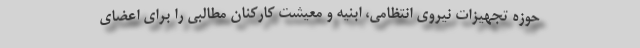
حوزه تجهیزات نیروی انتظامی، ابنیه و معیشت کارکنان مطالبی را برای اعضای